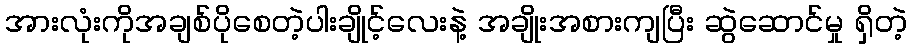
အားလုံးကိုအချစ်ပိုစေတဲ့ပါးချိုင့်လေးနဲ့ အချိုးအစားကျပြီး ဆွဲဆောင်မှု ရှိတဲ့